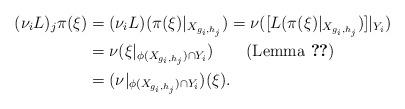
LaTeX: \begin{align*}(\nu_iL)_j\pi(\xi)&=(\nu_iL)(\pi(\xi)|_{X_{g_i, h_j}})=\nu([L(\pi(\xi)|_{X_{g_i, h_j}})]|_{Y_i})\\&=\nu(\xi|_{\phi(X_{g_i, h_j})\cap Y_i})\qquad(\mbox{Lemma \ref{lem: composition of pi and L under restrictions}})\\&=(\nu|_{\phi(X_{g_i, h_j})\cap Y_i})(\xi). \end{align*}